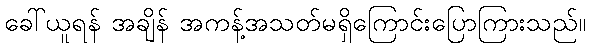
ခေါ်ယူရန် အချိန် အကန့်အသတ်မရှိကြောင်းပြောကြားသည်။